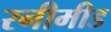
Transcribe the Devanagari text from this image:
रनीमीड